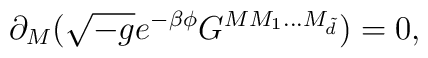
\partial _{M}(\sqrt{-g}e^{-\beta \phi}G^{MM_{1}...M_{{\tilde d}}})=0,